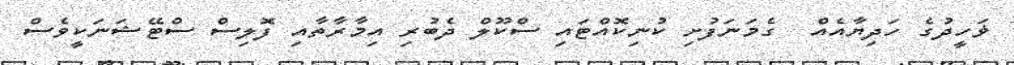
ޥަހީދުގެ ހަދިޔާއެއް  ގެމަނަފުށި ކުނިކޮއްޓައި ސްކޫލް ދެބުރި އިމާރާތާއި ފޮލިސް ސްޓޭޝަނަކީވެސް